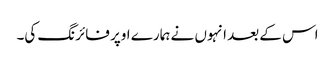
اس کے بعد انہوں نے ہمارے اوپر فائرنگ کی۔